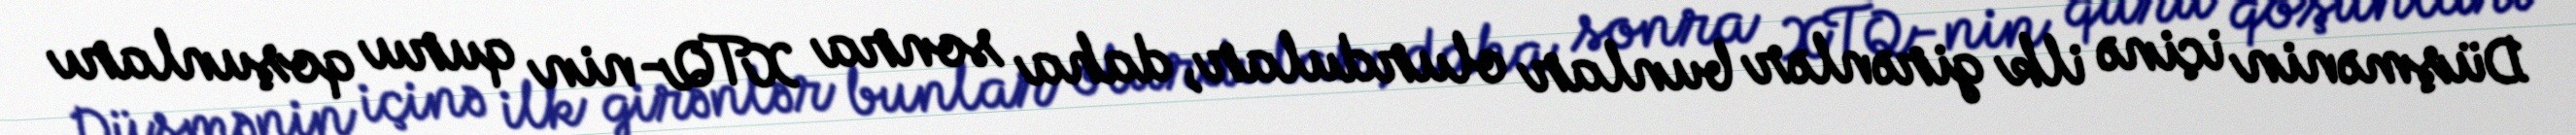
Düşmənin içinə ilk girənlər bunlar olurdular, daha sonra XTQ-nin quru qoşunları